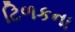
ટિળકના